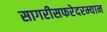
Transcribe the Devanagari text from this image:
सागरीसफरेदरम्यान